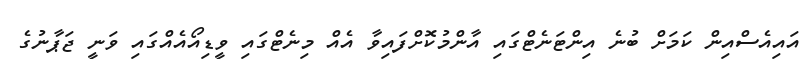
އައިއެސްއިން ކަމަށް ބުނެ އިންޓަނެޓްގައި އާންމުކޮށްފައިވާ އެއް މިނެޓްގައި ވީޑިއޯއެއްގައި ވަނީ ޖަޕާނުގެ